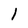
Character: 1